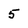
Character: 5